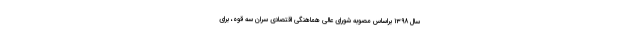
سال ۱۳۹۸ براساس مصوبه شورای عالی هماهنگی اقتصادی سران سه قوه، برای